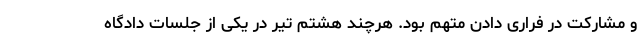
و مشارکت در فراری دادن متهم بود. هرچند هشتم تیر در یکی از جلسات دادگاه